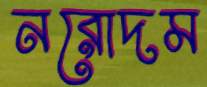
নরোদম